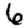
Digit: 6